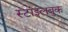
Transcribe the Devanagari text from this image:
स्टाइलबुक